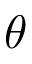
\theta